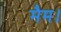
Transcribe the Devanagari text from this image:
मैम।